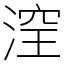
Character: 㴏